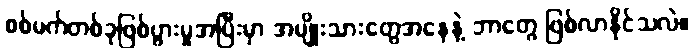
စစ်မက်တစ်ခုဖြစ်ပွားမှုအပြီးမှာ အမျိုးသားတွေအနေနဲ့ ဘာတွေ ဖြစ်လာနိုင်သလဲ။